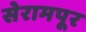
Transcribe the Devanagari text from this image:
सेरामपूर